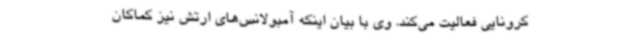
کرونایی فعالیت می‌کند. وی با بیان اینکه آمبولانس‌های ارتش نیز کماکان